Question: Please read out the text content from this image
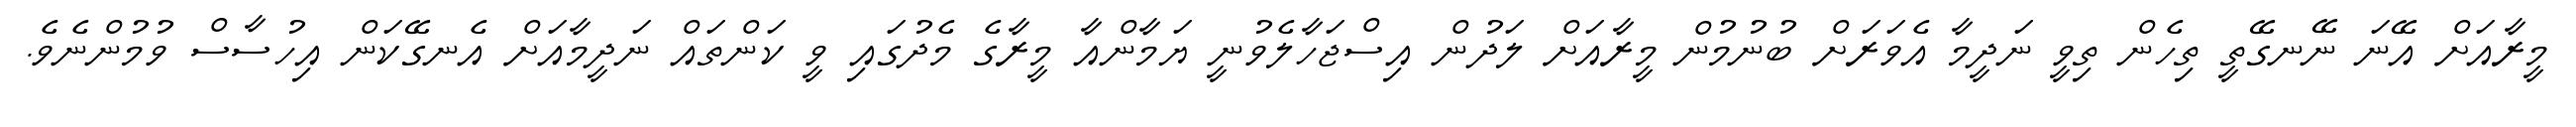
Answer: މީރާއަށް އޭނަ ނޭނގޭތީ ތިހެން ތިވީ ނަދީމާ އެވަރަށް ބުނުމުން މީރާއަށް ލަދުން އިސްޖަހާލެވުނީ ޔަމާންއާ މީރާގެ މެދުގައި ވީ ކަންތައް ނަދީމާއަށް އެނގޭކަން އިހުސާސް ވުމުންނެވެ.